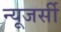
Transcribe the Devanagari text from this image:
न्‍यूजर्सी